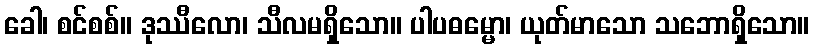
ခေါ၊ စင်စစ်။ ဒုဿီလော၊ သီလမရှိသော။ ပါပဓမ္မော၊ ယုတ်မာသော သဘောရှိသော။